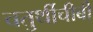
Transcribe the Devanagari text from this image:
चतुर्थीचीबी